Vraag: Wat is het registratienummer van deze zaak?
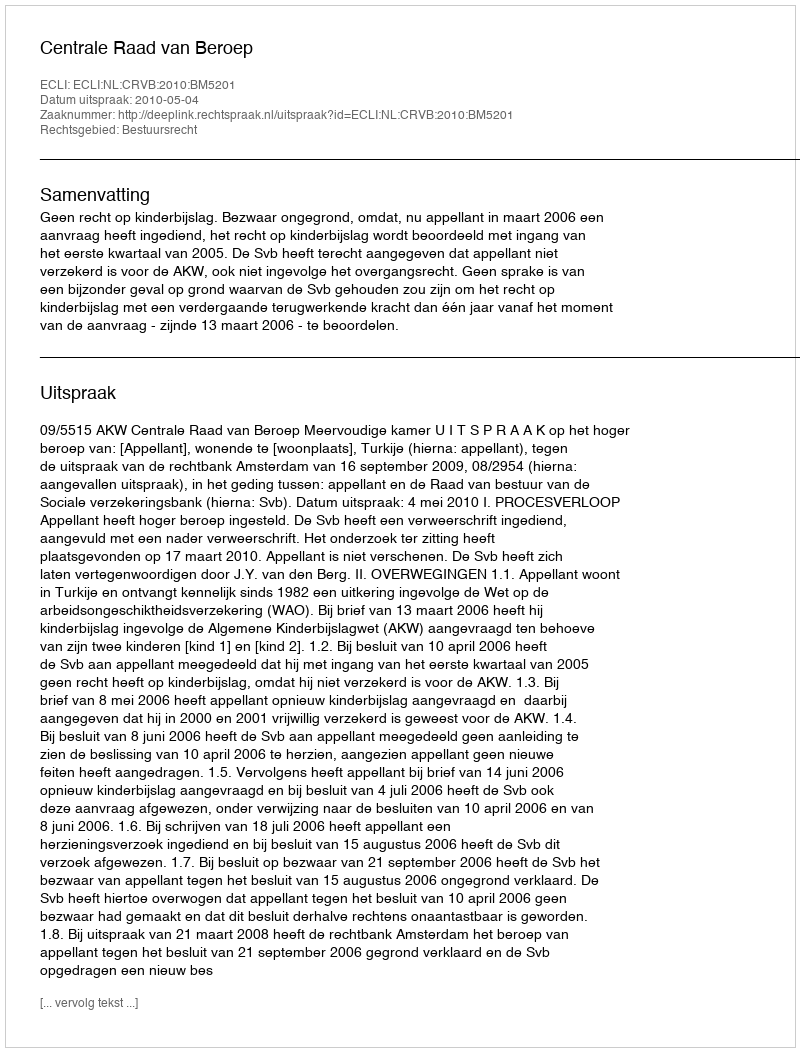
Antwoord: http://deeplink.rechtspraak.nl/uitspraak?id=ECLI:NL:CRVB:2010:BM5201